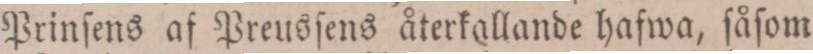
Prinſens af Preusſens återkallande hafwa, ſåſom